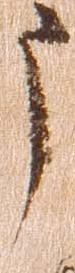
う